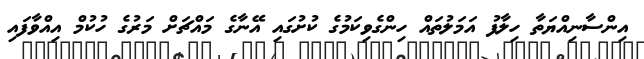
އިންސާނިއްޔަތާ ހިލާފު އަމަލުތައް ހިންގެވިކަމުގެ ކުށުގައި އޭނާގެ މައްޗަށް މަރުގެ ހުކުމް އިއްވާފައި